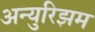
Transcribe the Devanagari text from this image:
अन्युरिझम